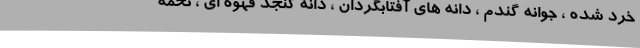
خرد شده ، جوانه گندم ، دانه های آفتابگردان ، دانه کنجد قهوه ای ، تخمه